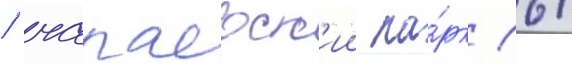
/ чапаевск'ии па́рк (6